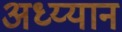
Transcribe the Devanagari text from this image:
अध्य्यान